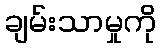
ချမ်းသာမှုကို